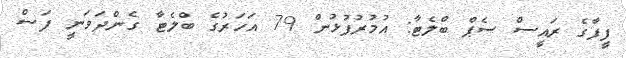
ފީފާގެ ރައީސް ސެޕް ބްލެޓާ: އުމުރުފުޅުން 79 އަހަރުގެ ބްލެޓާ ގެންދަވަނީ ފަސް